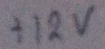
Text: +12V